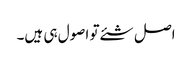
اصل شئے تو اصول ہی ہیں۔